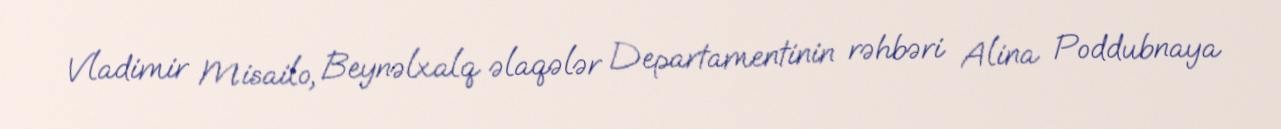
Vladimir Misailo, Beynəlxalq əlaqələr Departamentinin rəhbəri Alina Poddubnaya